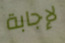
لإجابة